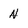
Character: n